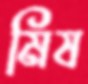
মিষ